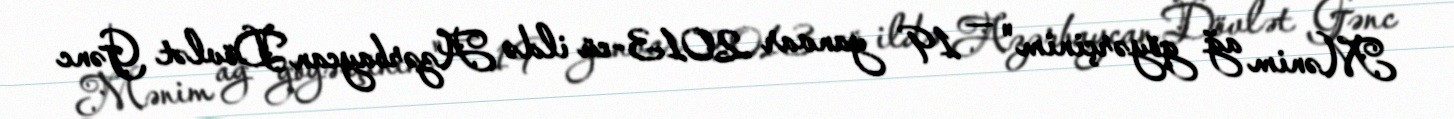
Mənim ağ göyərçinim" — 19 yanvar 2013-cü ildə Azərbaycan Dövlət Gənc